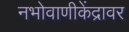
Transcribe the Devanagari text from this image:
नभोवाणीकेंद्रावर